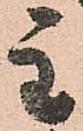
主